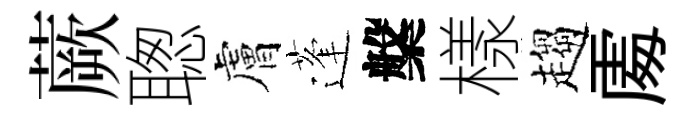
蕨聦膚蓬槃樣趨𠁅